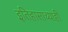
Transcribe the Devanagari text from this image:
इतिहासाच्याही